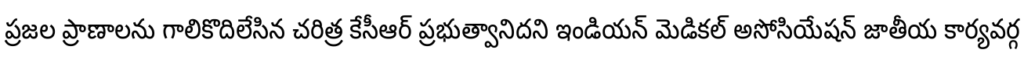
ప్రజల ప్రాణాలను గాలికొదిలేసిన చరిత్ర కేసీఆర్ ప్రభుత్వానిదని ఇండియన్ మెడికల్ అసోసియేషన్ జాతీయ కార్యవర్గ